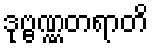
ဒုဗ္ဗဏ္ဏတရာတိ